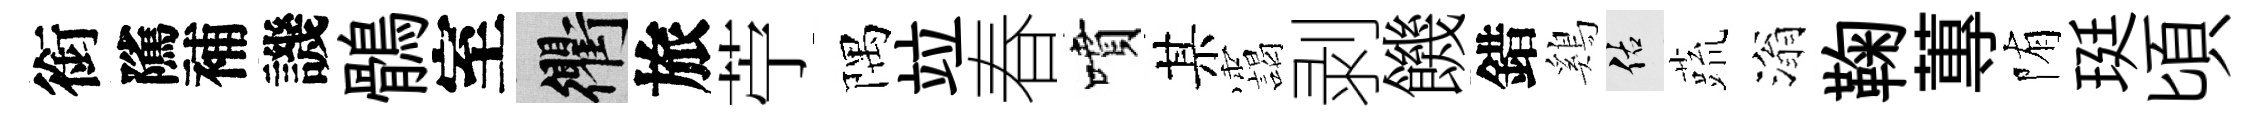
銜隲補譏鶻室衢旅苧隅竝春噴某靄剥饑錯鷄佑蔬滃鞠蓴陏珽頃